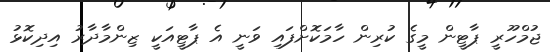
ޖުމްހޫރީ ޕާޓީން މީގެ ކުރިން ހާމަކޮށްފައި ވަނީ އެ ޕާޓީއަކީ ޒިންމާދާރު އިދިކޮޅު